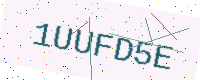
Text: 1UUFD5E